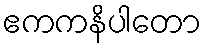
ဧကကနိပါတော